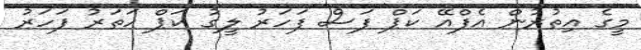
މީގެ އިތުރުން އެފްއޭ ކަޕް ފަސް ފަހަރު ލީގު ކަޕް ހަތަރު ފަހަރު